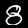
Digit: 8